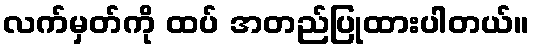
လက်မှတ်ကို ထပ် အတည်ပြုထားပါတယ်။